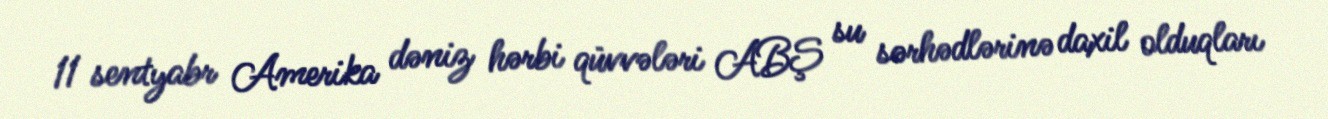
11 sentyabr Amerika dəniz hərbi qüvvələri ABŞ su sərhədlərinə daxil olduqları